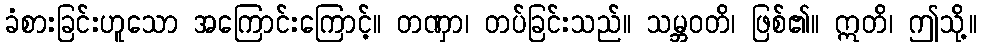
ခံစားခြင်းဟူသော အကြောင်းကြောင့်။ တဏှာ၊ တပ်ခြင်းသည်။ သမ္ဘဝတိ၊ ဖြစ်၏။ ဣတိ၊ ဤသို့။